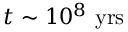
t \sim 1 0 ^ { 8 } ~ \mathrm { y r s }